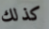
كذلك